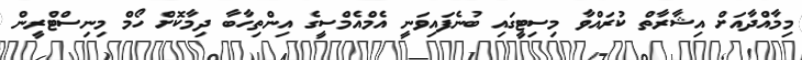
މިމާއްދާއަށް އިޝާރާތް ކުރައްވާ މިސިޓީގައި ބުނެފައިވަނީ އެމްއެމްސީގެ އިންތިހާބާ ދިމާކޮށް ހޯމް މިނިސްޓްރީން